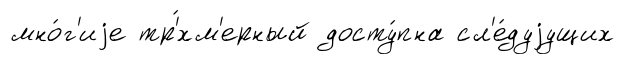
мно́г'иjе тр'́хм'ерный досту́пна сл'е́дуjущих